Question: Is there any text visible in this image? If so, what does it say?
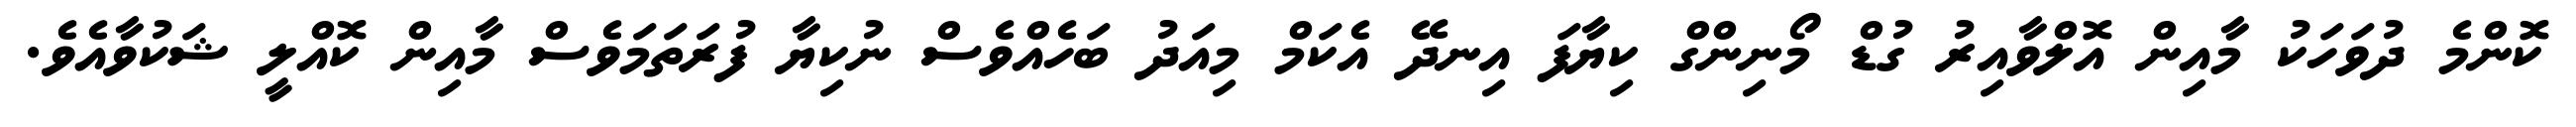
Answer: ކޮންމެ ދުވަހަކު މާއިން އޮލްވާއިރު ގުޑް މޯނިންގް ކިޔާފަ އިނދޭ އެކަމް މިއަދު ބަހެއްވެސް ނުކިޔާ ފުރަތަމަވެސް މާއިން ކޮއްލީ ޝަކުވާއެވެ.